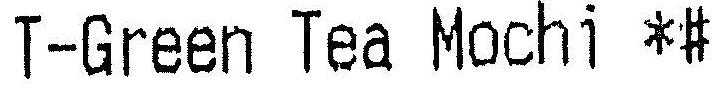
T-GREEN TEA MOCHI *#